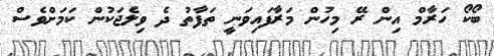
ބޯކޯ ހަރާމް އިން ރޭ މިހުން މަރާފައިވަނީ ތަފާތު ދެ ވިލެޖަކުން ކަމަށްވެސް